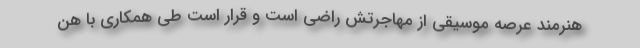
هنرمند عرصه موسیقی از مهاجرتش راضی است و قرار است طی همکاری با هن